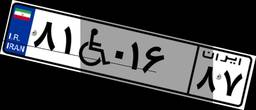
۹۰W۱۷۱۳۰